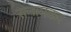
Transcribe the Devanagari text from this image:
रत्नामकर